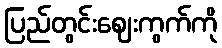
ပြည်တွင်းဈေးကွက်ကို